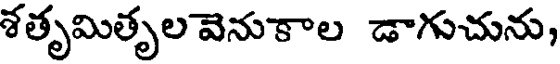
శతృమితృల వెనుకాల డాగుచును,